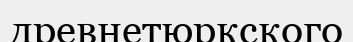
древнетюркского